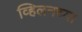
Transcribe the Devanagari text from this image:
व्हिलनच्या